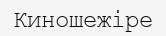
Киношежіре